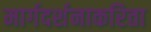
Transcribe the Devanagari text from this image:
मार्गदर्शनाकरिता